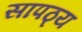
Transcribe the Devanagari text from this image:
सापठ्य